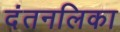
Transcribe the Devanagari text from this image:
दंतनलिका